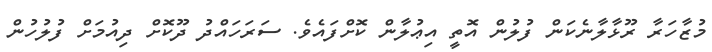
މުޒާހަރާ ރޫޅާލާނެކަން ފުލުން އޮތީ އިޢުލާން ކޮށްފައެވެ. ސަރަހައްދު ދޫކޮށް ދިއުމަށް ފުލުހުން